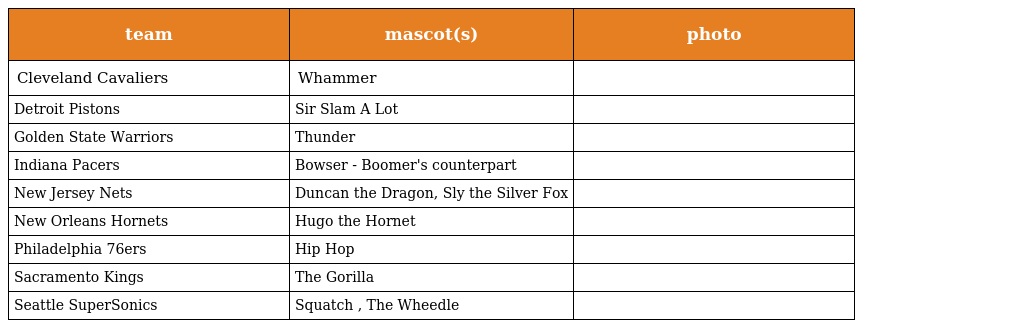
| team | mascot(s) | photo |
 | --- | --- | --- |
 | Cleveland Cavaliers | Whammer |  |
 | Detroit Pistons | Sir Slam A Lot |  |
 | Golden State Warriors | Thunder |  |
 | Indiana Pacers | Bowser - Boomer's counterpart |  |
 | New Jersey Nets | Duncan the Dragon, Sly the Silver Fox |  |
 | New Orleans Hornets | Hugo the Hornet |  |
 | Philadelphia 76ers | Hip Hop |  |
 | Sacramento Kings | The Gorilla |  |
 | Seattle SuperSonics | Squatch , The Wheedle |  |